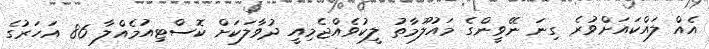
އެއް ލައްކައަށްވުރެ ގިނަ ނޭވީންގެ މައުލޫމާތު ލީކުވެއްޖެމިއީ ދުވާލަކަށް ކޮސްޓިއުމެއްލާ 86 އަހަރުގެ